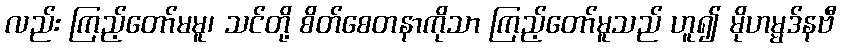
လည်း ကြည့်တော်မမူ၊ သင်တို့ စိတ်စေတနာကိုသာ ကြည့်တော်မူသည် ဟူ၍ မိုဟမ္မဒ်နဗီ